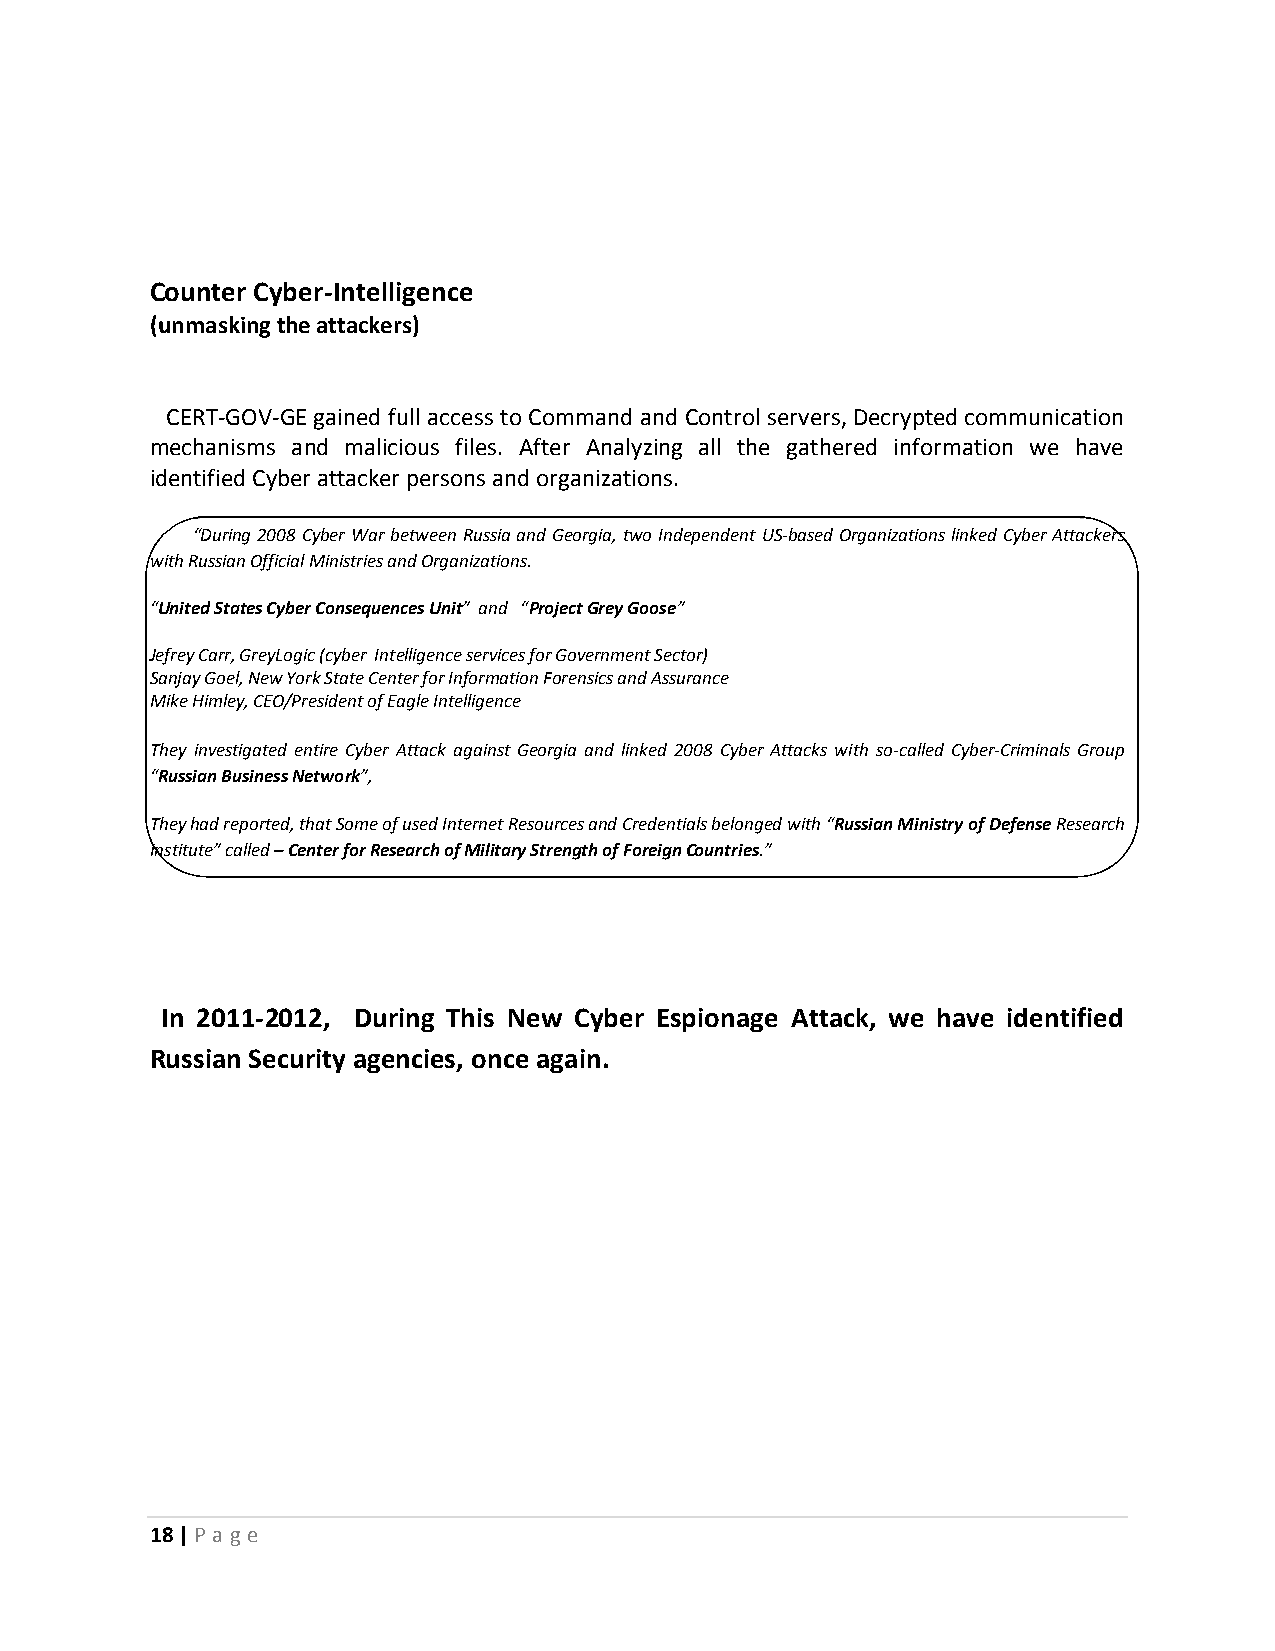
Counter Cyber-Intelligence
 (unmasking the attackers)
 CERT-GOV-GE gained full access to Command and Control servers, Decrypted communication
 mechanisms and malicious files. After Analyzing all the gathered information we have
 identified Cyber attacker persons and organizations.
 “During 2008 Cyber War between Russia and Georgia, two Independent US-based Organizations linked Cyber Attackers
 with Russian Official Ministries and Organizations.
 “United States Cyber Consequences Unit” and “Project Grey Goose”
 Jefrey Carr, GreyLogic (cyber Intelligence services for Government Sector)
 Sanjay Goel, New York State Center for Information Forensics and Assurance
 Mike Himley, CEO/President of Eagle Intelligence
 They investigated entire Cyber Attack against Georgia and linked 2008 Cyber Attacks with so-called Cyber-Criminals Group
 “Russian Business Network”,
 They had reported, that Some of used Internet Resources and Credentials belonged with “Russian Ministry of Defense Research
 Institute” called – Center for Research of Military Strength of Foreign Countries.”
 In 2011-2012, During This New Cyber Espionage Attack, we have identified
 Russian Security agencies, once again.
 18 | P a ge